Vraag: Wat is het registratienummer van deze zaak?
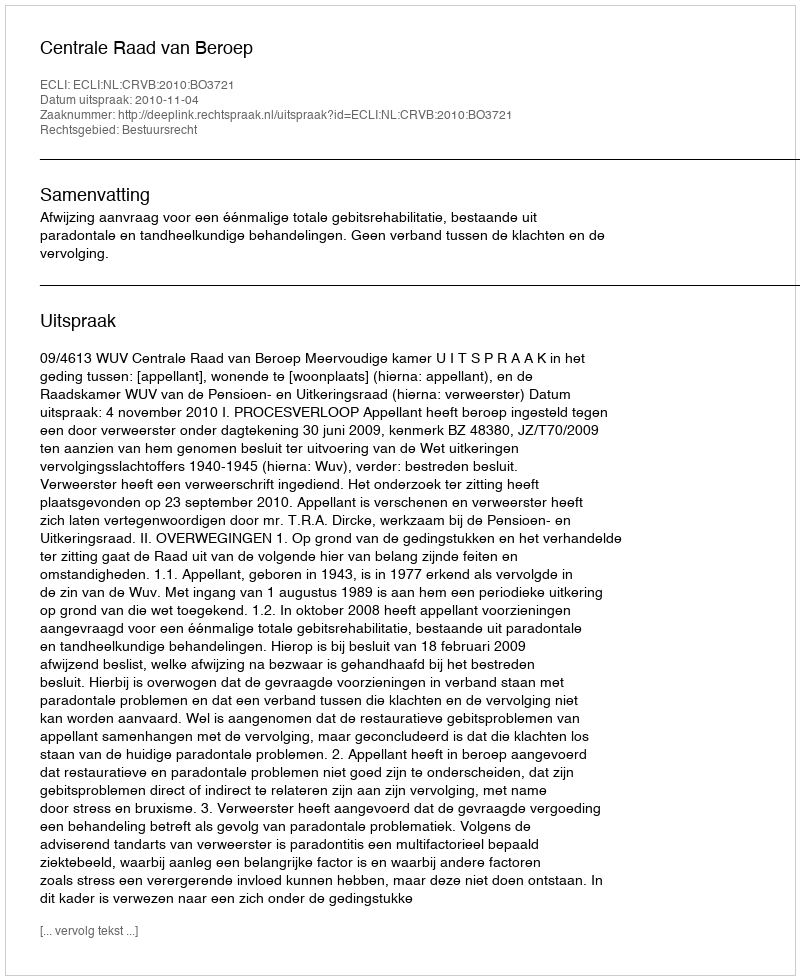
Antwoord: http://deeplink.rechtspraak.nl/uitspraak?id=ECLI:NL:CRVB:2010:BO3721